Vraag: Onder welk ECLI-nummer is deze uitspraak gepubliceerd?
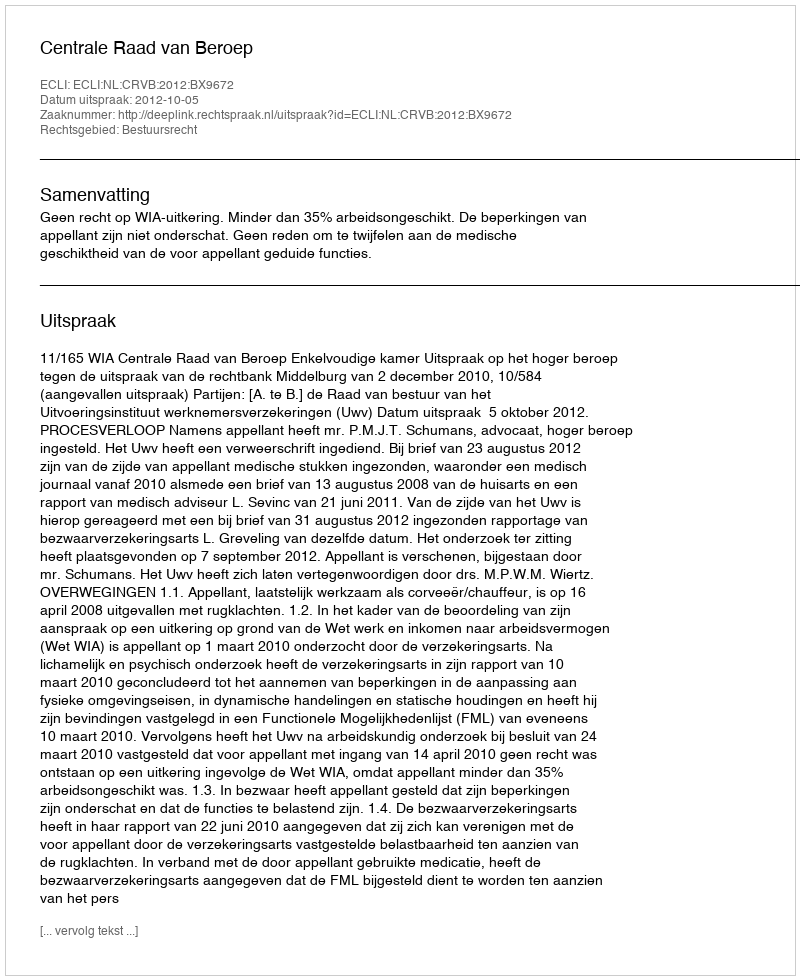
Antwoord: ECLI:NL:CRVB:2012:BX9672